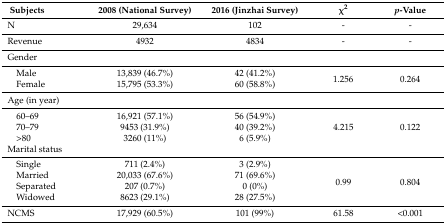
<table><thead><tr><td><b> Subjects</b></td><td><b>2008 (National Survey)</b></td><td><b>2016 (Jinzhai Survey)</b></td><td><b>χ<sup>2</sup></b></td><td><b><i>p</i>-Value</b></td></tr></thead><tbody><tr><td> N</td><td>29,634</td><td>102</td><td>-</td><td>-</td></tr><tr><td> Revenue</td><td>4932</td><td>4834</td><td>-</td><td>-</td></tr><tr><td> Gender</td><td></td><td></td><td></td><td></td></tr><tr><td> Male</td><td>13,839 (46.7%)</td><td>42 (41.2%)</td><td rowspan="2">1.256</td><td rowspan="2">0.264</td></tr><tr><td> Female</td><td>15,795 (53.3%)</td><td>60 (58.8%)</td></tr><tr><td> Age (in year)</td><td></td><td></td><td></td><td></td></tr><tr><td> 60–69</td><td>16,921 (57.1%)</td><td>56 (54.9%)</td><td rowspan="3">4.215</td><td rowspan="3">0.122</td></tr><tr><td> 70–79</td><td>9453 (31.9%)</td><td>40 (39.2%)</td></tr><tr><td> &gt;80</td><td>3260 (11%)</td><td>6 (5.9%)</td></tr><tr><td> Marital status</td><td></td><td></td><td></td><td></td></tr><tr><td> Single</td><td>711 (2.4%)</td><td>3 (2.9%)</td><td rowspan="4">0.99</td><td rowspan="4">0.804</td></tr><tr><td> Married</td><td>20,033 (67.6%)</td><td>71 (69.6%)</td></tr><tr><td> Separated</td><td>207 (0.7%)</td><td>0 (0%)</td></tr><tr><td> Widowed</td><td>8623 (29.1%)</td><td>28 (27.5%)</td></tr><tr><td> NCMS</td><td>17,929 (60.5%)</td><td>101 (99%)</td><td>61.58</td><td>&lt;0.001</td></tr></tbody></table>